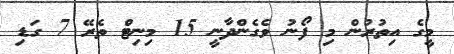
މީގެ އިތުރުން މި ފޯނު ވެގެންދާނީ 15 މިނިޓް ތެރޭ 7 ގަޑި